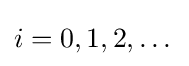
i=0,1,2,\dotsc